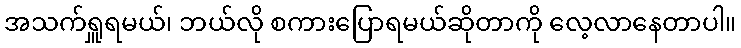
အသက်ရှူရမယ်၊ ဘယ်လို စကားပြောရမယ်ဆိုတာကို လေ့လာနေတာပါ။